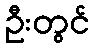
ဦးတွင်